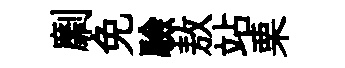
劘免驗敖站栗